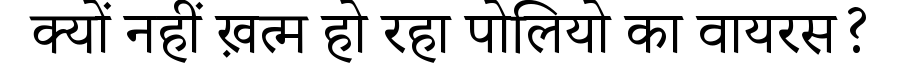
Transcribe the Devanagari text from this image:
क्यों नहीं ख़त्म हो रहा पोलियो का वायरस?